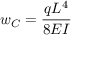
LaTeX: w _ { C } = { \frac { q L ^ { 4 } } { 8 E I } }